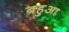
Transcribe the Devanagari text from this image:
बहुआ